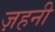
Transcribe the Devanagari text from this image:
ज़हनी